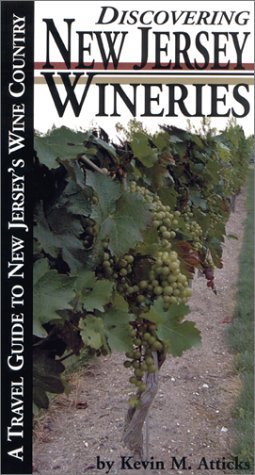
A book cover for Discovering New Jersey Wineries : A Travel Guide to New Jersey's Wine Country (Discovering Wineries); Kevin M. Atticks; Travel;